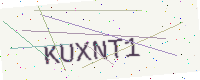
Text: KUXNT1